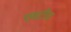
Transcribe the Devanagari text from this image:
एसटीत